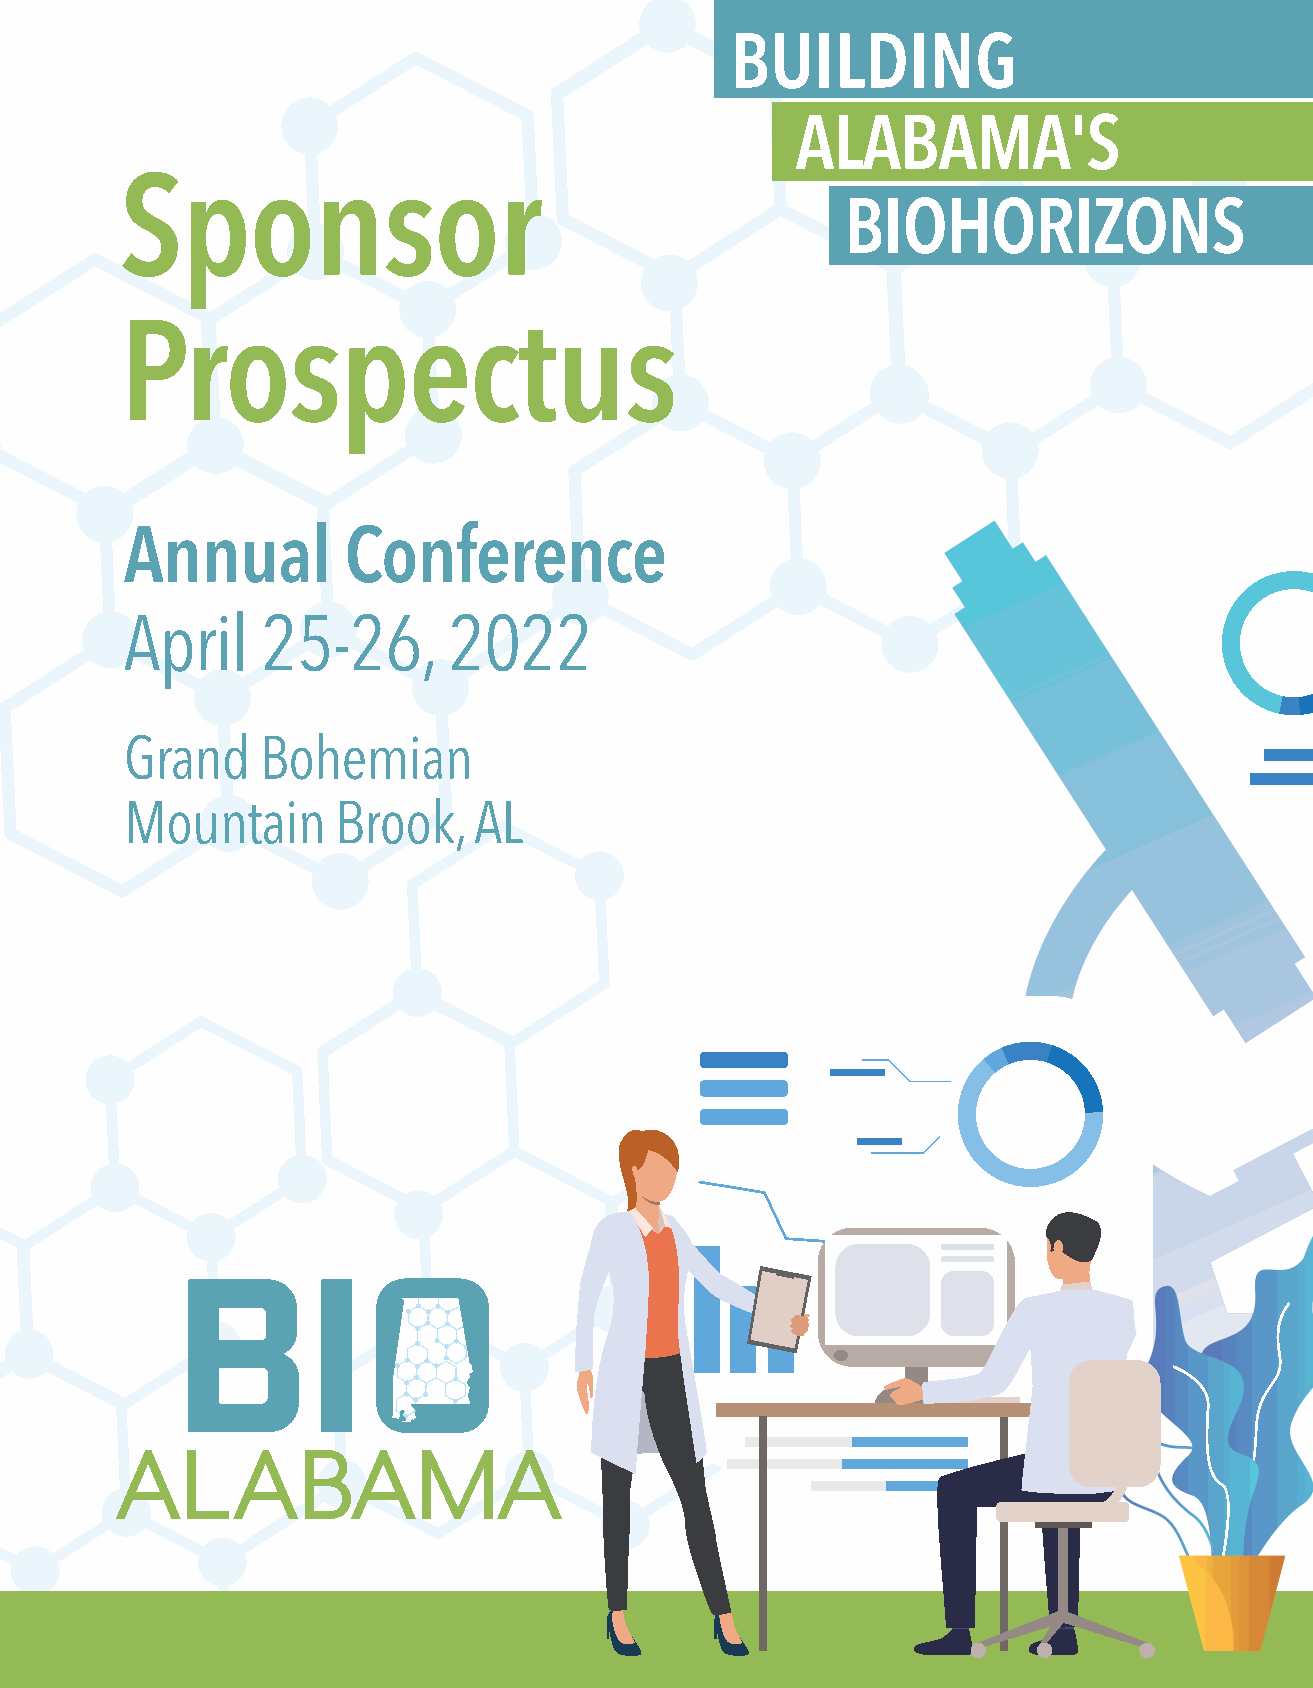
BUILDING
 ALABAMA'S
 Sponsor
 BIOHORIZONS
 Prospectus
 Annual         Conference
 April    25-26,       2022
 Grand    Bohemian
 Mountain      Brook,   AL